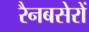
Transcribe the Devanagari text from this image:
रैनबसेरों